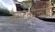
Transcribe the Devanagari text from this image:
नैनोटेक्नोलॉजी